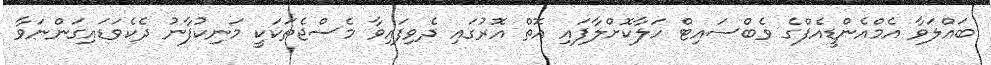
ބައްލަވާ އެމްއެންޑީއެފްގެ ވެބްސައިޓް ހަލާކޮށްލާފައި އޮތް އޮރުގައި ދެވިފައިވާ މެސްޖެތަކަކީ މަނިކުފާނު ދެކެވަޑައިގަންނަވާ